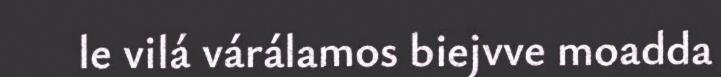
le vilá várálamos biejvve moadda